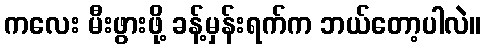
ကလေး မီးဖွားဖို့ ခန့်မှန်းရက်က ဘယ်တော့ပါလဲ။